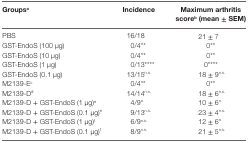
<table><thead><tr><td><b>Groups<sup>a</sup></b></td><td><b>Incidence</b></td><td><b>Maximum arthritis score<sup>b</sup> (mean ± SEM)</b></td></tr></thead><tbody><tr><td>PBS</td><td>16/18</td><td>21 ± 7</td></tr><tr><td>GST-EndoS (100 μg)</td><td>0/4**</td><td>0**</td></tr><tr><td>GST-EndoS (10 μg)</td><td>0/4**</td><td>0**</td></tr><tr><td>GST-EndoS (1 μg)</td><td>0/13****</td><td>0****</td></tr><tr><td>GST-EndoS (0.1 μg)</td><td>13/15<sup>n.s.</sup></td><td>18 ± 9<sup>n.s.</sup></td></tr><tr><td>M2139-E<sup>c</sup></td><td>0/4**</td><td>0**</td></tr><tr><td>M2139-D<sup>d</sup></td><td>14/14<sup>n.s.</sup></td><td>18 ± 6<sup>n.s.</sup></td></tr><tr><td>M2139-D + GST-EndoS (1 μg)<sup>e</sup></td><td>4/9*</td><td>10 ± 6*</td></tr><tr><td>M2139-D + GST-EndoS (0.1 μg)<sup>e</sup></td><td>9/13<sup>n.s.</sup></td><td>23 ± 4<sup>n.s.</sup></td></tr><tr><td>M2139-D + GST-EndoS (1 μg)<sup>f</sup></td><td>6/9<sup>n.s.</sup></td><td>12 ± 6*</td></tr><tr><td>M2139-D + GST-EndoS (0.1 μg)<sup>f</sup></td><td>8/9<sup>n.s.</sup></td><td>21 ± 5<sup>n.s.</sup></td></tr></tbody></table>